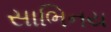
સાભિનય